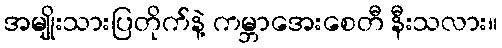
အမျိုးသားပြတိုက်နဲ့ ကမ္ဘာအေးစေတီ နီးသလား။